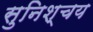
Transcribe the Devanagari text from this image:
सुनिश्चय